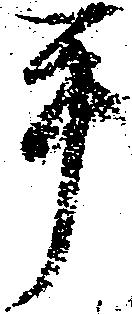
平